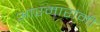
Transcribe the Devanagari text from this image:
आरमारांनी